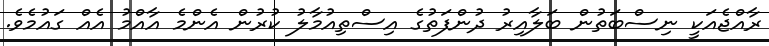
ރާއްޖެއަކީ ނިސްބަތުން ބަލާއިރު ދުންފަތުގެ އިސްތިއުމާލު ކުރުން އެންމެ އާއްމު އެއް ގައުމެވެ.